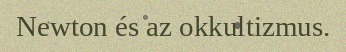
Newton és az okkultizmus.